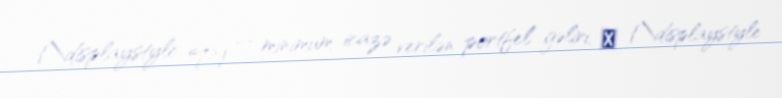
{\displaystyle T} — minimum icazə verilən portfel gəliri, σ {\displaystyle